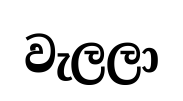
වැලලා